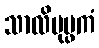
သာလိပုပ္ဖကံ